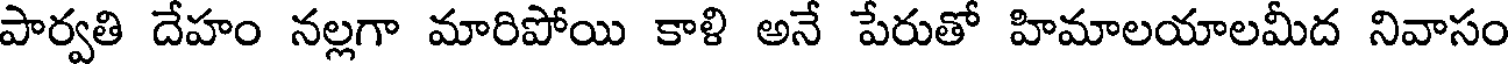
పార్వతి దేహం నల్లగా మారిపోయి కాళి అనే పేరుతో హిమాలయాలమీద నివాసం